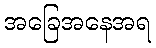
အခြေအနေအရ